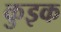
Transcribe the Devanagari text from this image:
कुइक